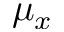
\mu _ { x }